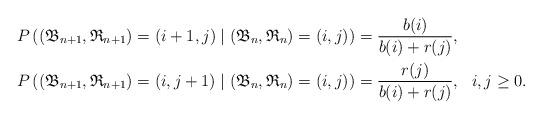
LaTeX: \begin{align*} P\left( (\mathfrak{B}_{n+1}, \mathfrak{R}_{n+1}) = (i+1,j) \mid (\mathfrak{B}_n, \mathfrak{R}_n) = (i,j) \right) &= \frac{b(i)}{b(i)+r(j)},\ \\P\left( (\mathfrak{B}_{n+1}, \mathfrak{R}_{n+1}) = (i,j+1) \mid (\mathfrak{B}_n, \mathfrak{R}_n) = (i,j) \right) &= \frac{r(j)}{b(i)+r(j)},\ \ i,j\ge 0.\end{align*}